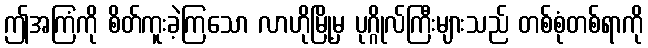
ဤအကြံကို စိတ်ကူးခဲ့ကြသော လာဟိုမြို့မှ ပုဂ္ဂိုလ်ကြီးများသည် တစ်စုံတစ်ရာကို